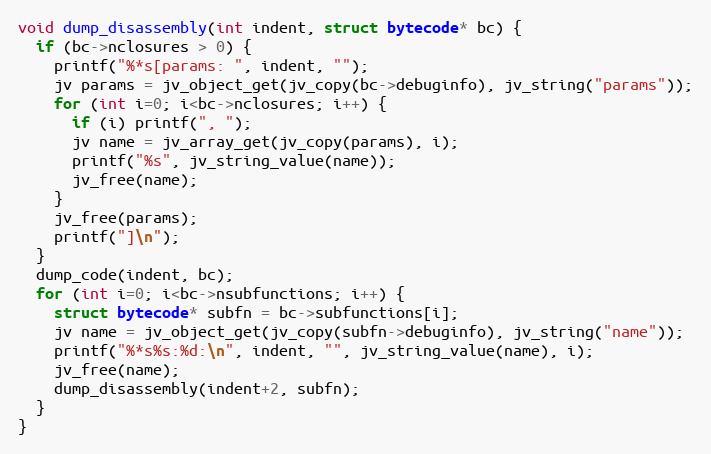
Language: C
void dump_disassembly(int indent, struct bytecode* bc) {
  if (bc->nclosures > 0) {
    printf("%*s[params: ", indent, "");
    jv params = jv_object_get(jv_copy(bc->debuginfo), jv_string("params"));
    for (int i=0; i<bc->nclosures; i++) {
      if (i) printf(", ");
      jv name = jv_array_get(jv_copy(params), i);
      printf("%s", jv_string_value(name));
      jv_free(name);
    }
    jv_free(params);
    printf("]\n");
  }
  dump_code(indent, bc);
  for (int i=0; i<bc->nsubfunctions; i++) {
    struct bytecode* subfn = bc->subfunctions[i];
    jv name = jv_object_get(jv_copy(subfn->debuginfo), jv_string("name"));
    printf("%*s%s:%d:\n", indent, "", jv_string_value(name), i);
    jv_free(name);
    dump_disassembly(indent+2, subfn);
  }
}